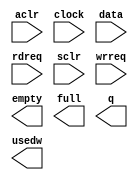
module alt_fifo_4b_4096w (
	aclr,
	clock,
	data,
	rdreq,
	sclr,
	wrreq,
	empty,
	full,
	q,
	usedw);

	input	  aclr;
	input	  clock;
	input	[3:0]  data;
	input	  rdreq;
	input	  sclr;
	input	  wrreq;
	output	  empty;
	output	  full;
	output	[3:0]  q;
	output	[11:0]  usedw;

endmodule